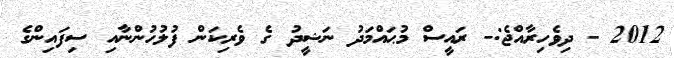
2012 - ދިވެހިރާއްޖެ:- ރައީސް މުޙައްމަދު ނަޝީދު ގެ ވެރިކަން ފުލުހުންނާއި ސިފައިންގެ